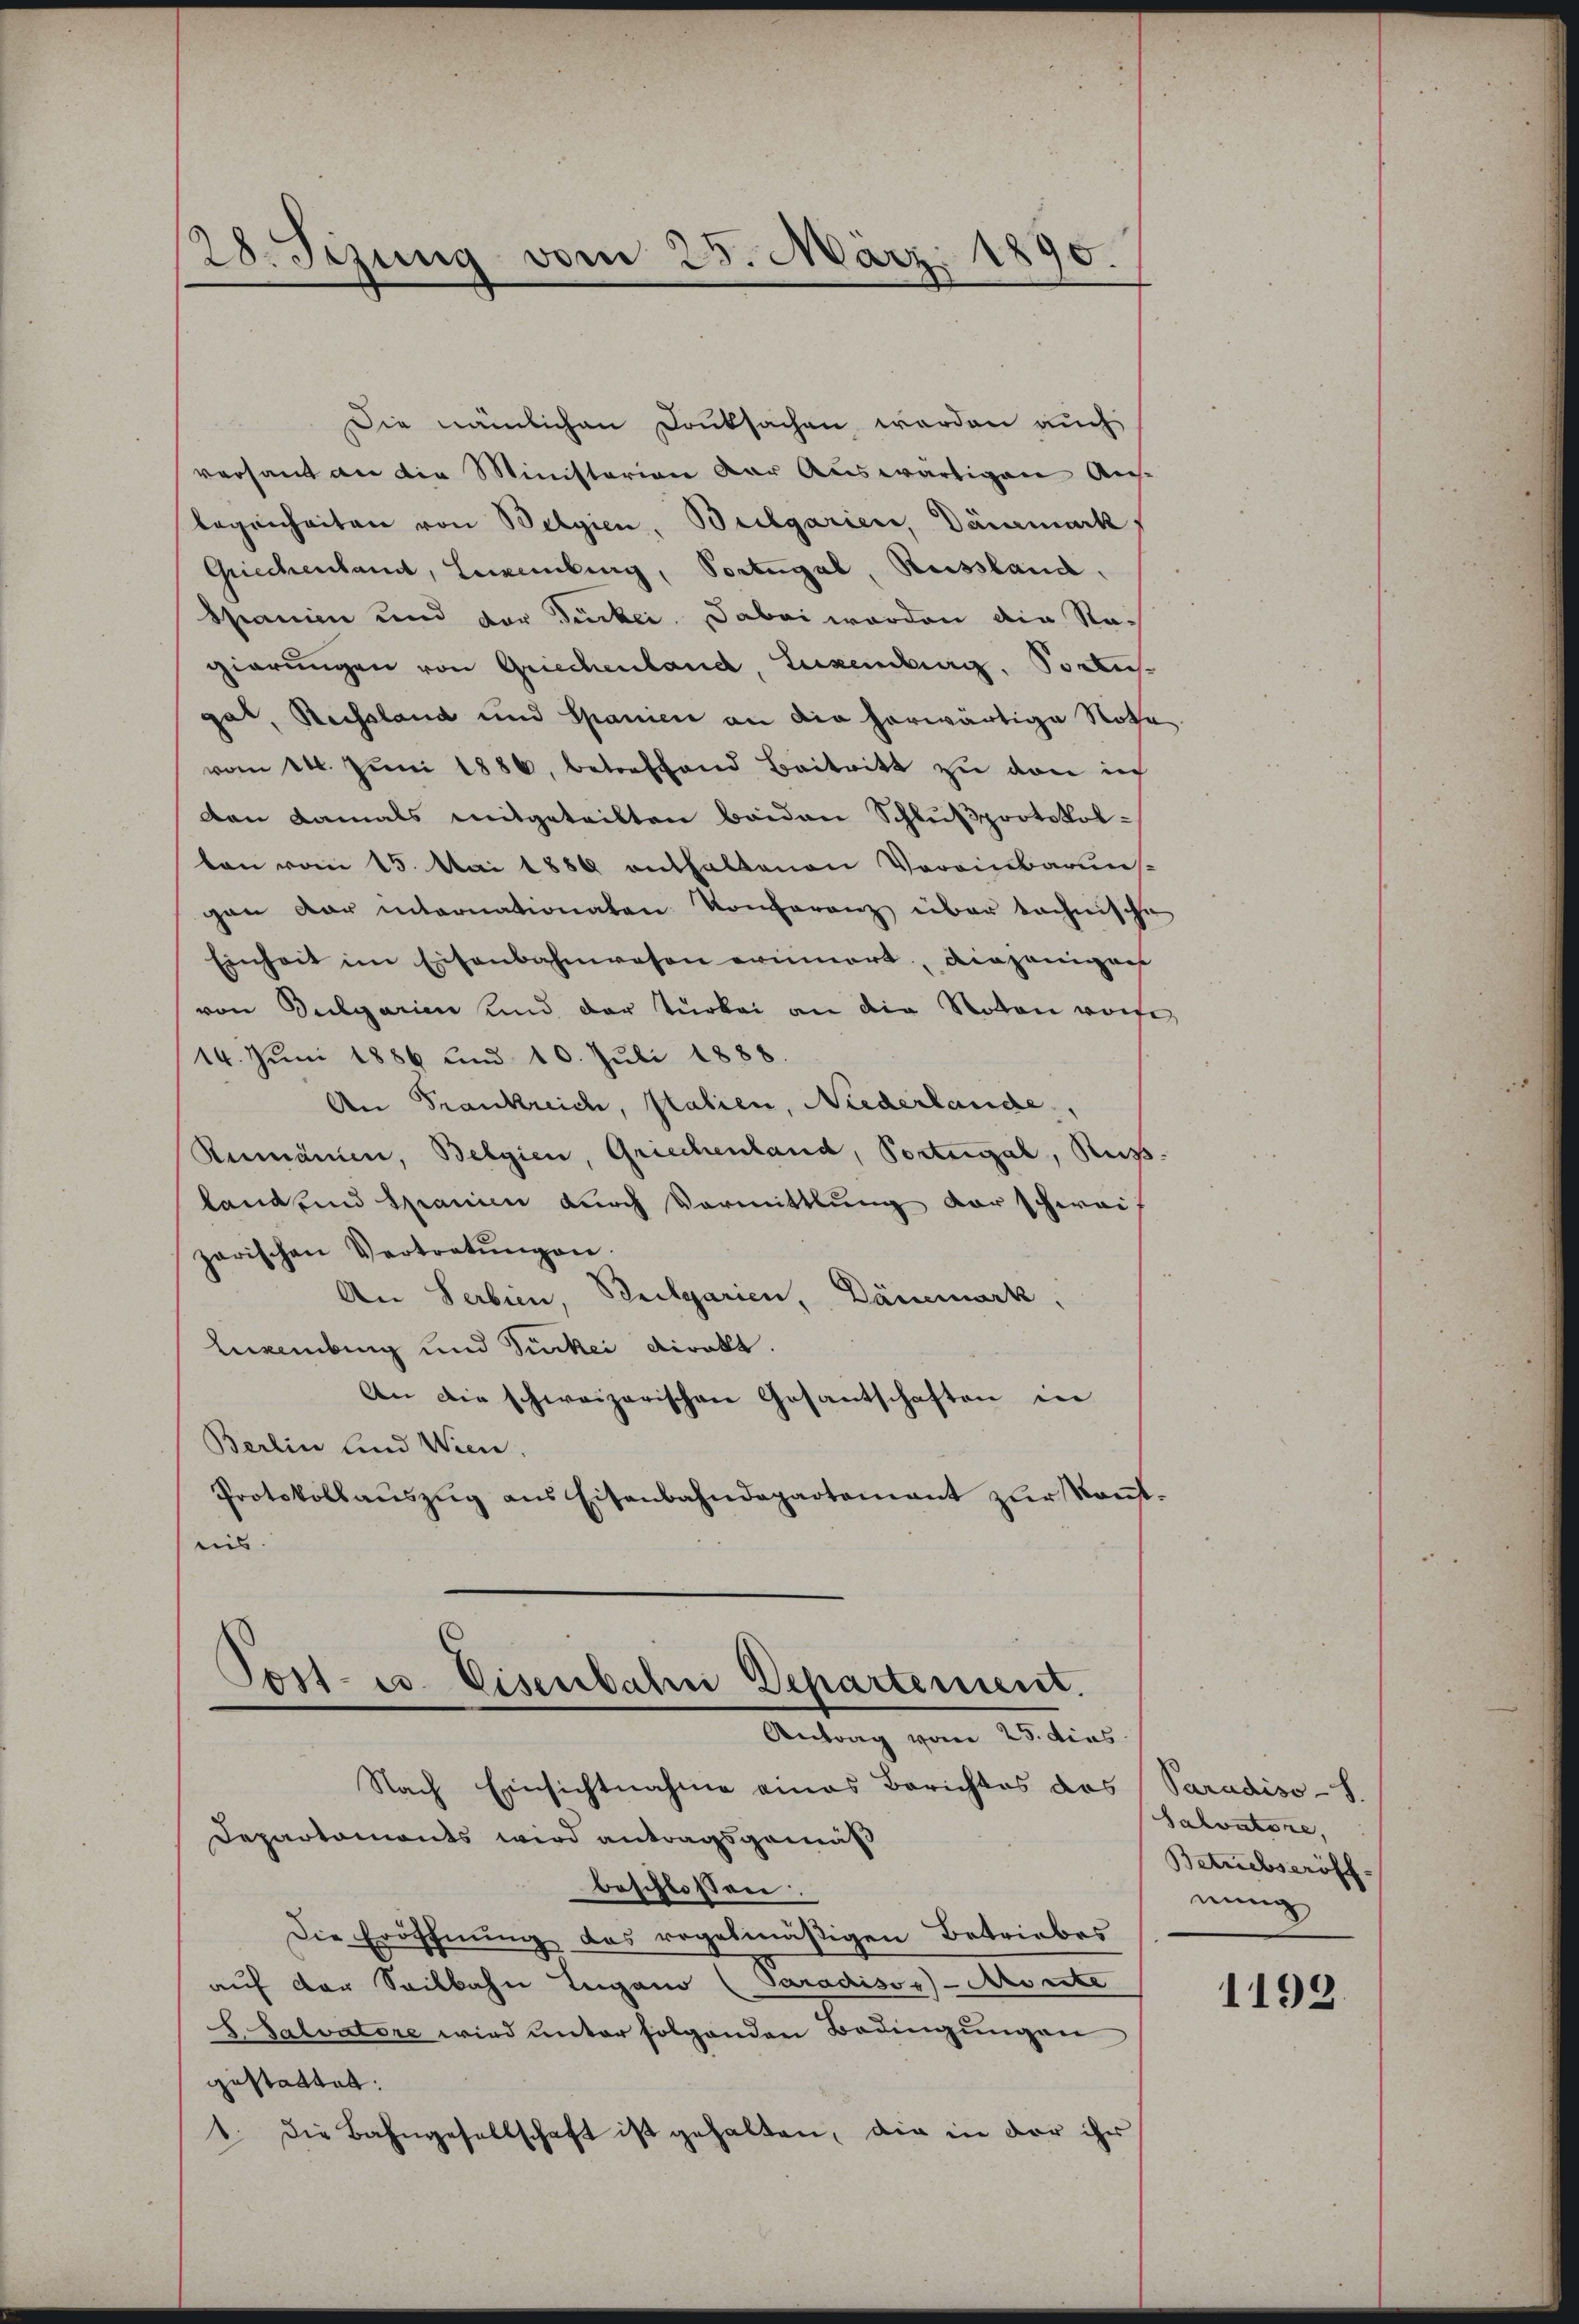
28. Sezung vom 25. März 1890.

versant an die Ministerion der Auswärtigen Aus-
legenheiten von Belgien, Bulgarien, Dänemark
Griechenland, Leckenburg, Portugal, Russland.
Spanien und der Tücker. Dabei werden die Nach
gierungen von Griechenland, Luxendig. Portis
gal, Reissland und Spanien an die herwärtige Notha
vom 14. Jŭni 1886, betreffend Beitritt zu von in
den damals mitgeteilten beiden Schlußprotokolton vom 15. Mai 1889 enthaltenen Vereinbaruns-
gan der internationalen Konferenz über technische
Einheit im Eisenbahnwesen erinnert, diejenigens
von Dulgarien und der Turbei an die Noten worfe
14. Juni 1886 und 10. Juli 1888.
An Frankreich, Platien, Niederlande,
Rumänien, Belgien, Griechenland, Portugal, Reis
land und Spanien durch Vormittlung vor schwei
zarischen Vertretŭngen.
An Serbien, Brilgarien, Dänemark,
Lainburg und Tückei diralt.
An die schweizerischen Gesantschaften in
Berlin und Wien.
Protokollauszug aus Eisenbahndepartement zur Kont-
suis.

Die nämlichen Danksachen werden auch

beschlossen:
Die Eröffnung das regelmäßigen Betriebes
auf der Seilbahn Eugano (Saradisor-Morste
H. Salvatore wird unter folgenden Bedingungen
gestattet.
1. die Bahngesellschaft ist gehalten, die in der ihr

Post- u. Eisenbahni Departement.
Antrag vom 25. dies
Nach Einsichtnahme eines Berichtes das
Departaments wird antragsgemäß

Paradiso - 8.
Salvatore,
Betriebseröff
nung

1192.